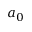
a _ { 0 }